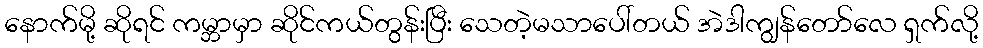
နောက်မို့ ဆိုရင် ကမ္ဘာမှာ ဆိုင်ကယ်တွန်းပြီး သေတဲ့မသာပေါ်တယ် အဲဒါကျွန်တော်လေ ရှက်လို့